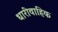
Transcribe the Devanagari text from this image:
धारीवाहिक